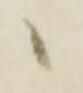
候